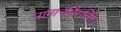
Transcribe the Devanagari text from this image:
नानार्चनैरर्चित।